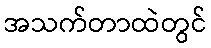
အသက်တာထဲတွင်